Leaving Certificate Examination (including Day School Certificate (Higher) General paper), 1928
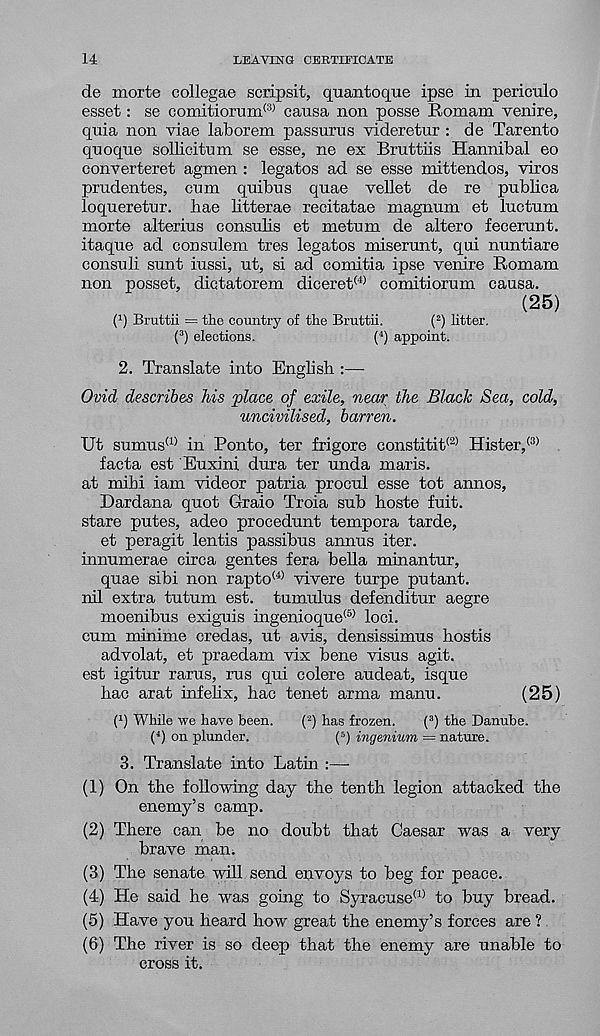
14
LEAVING CERTIFICATE
de morte collegae scripsit, quantoque ipse in periculo
esset: se comitiorum (3) causa non posse Romam venire,
quia non viae laborem passurus videretur : de Tarento
quoque sollicitum se esse, ne ex Bruttiis Hannibal eo
converteret agmen : legates ad se esse mittendos, viros
prudentes, cum quibus quae vellet de re publica
loqueretur. hae litterae recitatae magnum et luctum
morte alterius consulis et metum de altero fecerunt.
itaque ad consulem tres legates miserunt, qui nuntiare
consul! sunt iussi, ut, si ad comitia ipse venire Romam
non posset, dictatorem diceret (4) comitiorum causa.
(25)
( 1 ) Bruttii = the country of the Bruttii.
( 2 ) litter,
( 3 ) elections.
( 4 ) appoint.
2. Translate into English :—
Ovid describes Ms place of exile, near the Black Sea, cold,
uncivilised, barren.
Ut sumus (1) in Ponto, ter frigore constitit (2) Hister, (3)
facta est Euxini dura ter unda maris.
at mibi iam videor patria procul esse tot annos,
Dardana quot Graio Troia sub hoste fuit.
stare putes, adeo procedunt tempora tarde,
et peragit lentis passibus annus iter,
innumerae circa gentes fera bella minantur,
quae sibi non rapto (i) vivere turpe putant.
nil extra tutum est. tumulus defenditur aegre
moenibus exiguis ingenioque® loci,
cum minime credas, ut avis, densissimus hostis
advolat, et praedam vix bene visus agit.
est igitur rarus, rus qui colere audeat, isque
hac arat infelix, hac tenet arma manu.
(25)
( 1 ) While we have been.
( 2 ) has frozen.
( 3 ) the Danube.
( 4 ) on plunder.
( 5 ) ingenium = nature.
3. Translate into Latin :—
(1) On the following day the tenth legion attacked the
enemy’s camp.
(2) There can be no doubt that Caesar was a very
brave man.
(3) The senate will send envoys to beg for peace.
(4) He said he was going to Syracuse™ to buy bread.
(5) Have you heard how great the enemy’s forces are ?
(6) The river is so deep that the enemy are unable to
cross it.